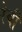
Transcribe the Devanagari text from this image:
रेची